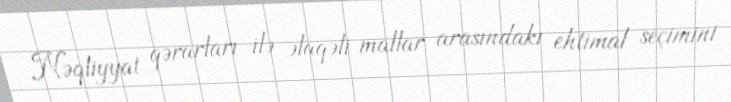
Nəqliyyat qərarları ilə əlaqəli mallar arasındakı ehtimal seçimini